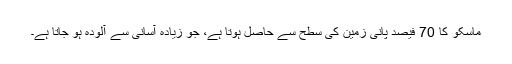
ماسکو کا 70 فیصد پانی زمین کی سطح سے حاصل ہوتا ہے، جو زیادہ آسانی سے آلودہ ہو جاتا ہے۔